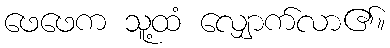
ဖေဖေက သူ့ထံ လျှောက်လာ၏။